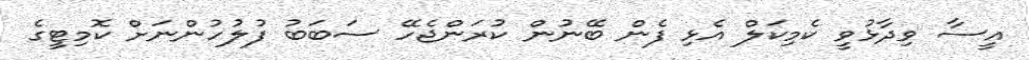
އީސާ ވިދާޅުވީ ކެމިކަލް އެޅި ފެން ބޭނުން ކުރަންޖެހޭ ސަބަބު ފުލުހުންނަށް ކޮމިޓީގެ